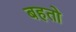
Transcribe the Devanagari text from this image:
बहतो